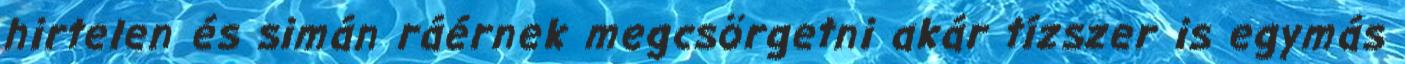
hirtelen és simán ráérnek megcsörgetni akár tízszer is egymás